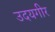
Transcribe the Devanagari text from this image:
उदयगीर